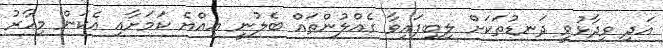
އަދި ވިދާޅުވީ ދަނޑުތަކަށް ލިބިފައިވާ ގެއްލުންތައް ބެލުނީ އިއްޔެ ކަމަށާއި އެކަން މިހާރު